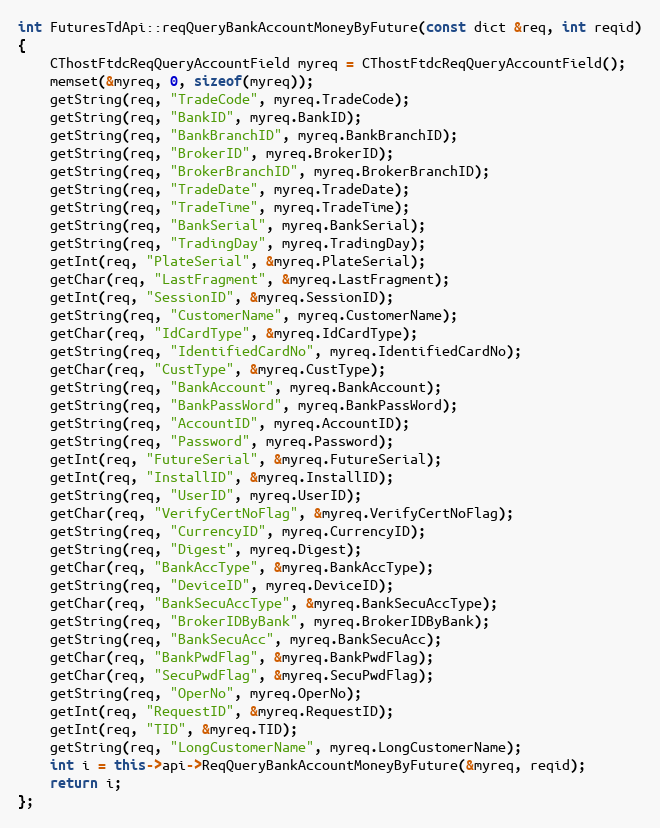
Language: C++
int FuturesTdApi::reqQueryBankAccountMoneyByFuture(const dict &req, int reqid)
{
	CThostFtdcReqQueryAccountField myreq = CThostFtdcReqQueryAccountField();
	memset(&myreq, 0, sizeof(myreq));
	getString(req, "TradeCode", myreq.TradeCode);
	getString(req, "BankID", myreq.BankID);
	getString(req, "BankBranchID", myreq.BankBranchID);
	getString(req, "BrokerID", myreq.BrokerID);
	getString(req, "BrokerBranchID", myreq.BrokerBranchID);
	getString(req, "TradeDate", myreq.TradeDate);
	getString(req, "TradeTime", myreq.TradeTime);
	getString(req, "BankSerial", myreq.BankSerial);
	getString(req, "TradingDay", myreq.TradingDay);
	getInt(req, "PlateSerial", &myreq.PlateSerial);
	getChar(req, "LastFragment", &myreq.LastFragment);
	getInt(req, "SessionID", &myreq.SessionID);
	getString(req, "CustomerName", myreq.CustomerName);
	getChar(req, "IdCardType", &myreq.IdCardType);
	getString(req, "IdentifiedCardNo", myreq.IdentifiedCardNo);
	getChar(req, "CustType", &myreq.CustType);
	getString(req, "BankAccount", myreq.BankAccount);
	getString(req, "BankPassWord", myreq.BankPassWord);
	getString(req, "AccountID", myreq.AccountID);
	getString(req, "Password", myreq.Password);
	getInt(req, "FutureSerial", &myreq.FutureSerial);
	getInt(req, "InstallID", &myreq.InstallID);
	getString(req, "UserID", myreq.UserID);
	getChar(req, "VerifyCertNoFlag", &myreq.VerifyCertNoFlag);
	getString(req, "CurrencyID", myreq.CurrencyID);
	getString(req, "Digest", myreq.Digest);
	getChar(req, "BankAccType", &myreq.BankAccType);
	getString(req, "DeviceID", myreq.DeviceID);
	getChar(req, "BankSecuAccType", &myreq.BankSecuAccType);
	getString(req, "BrokerIDByBank", myreq.BrokerIDByBank);
	getString(req, "BankSecuAcc", myreq.BankSecuAcc);
	getChar(req, "BankPwdFlag", &myreq.BankPwdFlag);
	getChar(req, "SecuPwdFlag", &myreq.SecuPwdFlag);
	getString(req, "OperNo", myreq.OperNo);
	getInt(req, "RequestID", &myreq.RequestID);
	getInt(req, "TID", &myreq.TID);
	getString(req, "LongCustomerName", myreq.LongCustomerName);
	int i = this->api->ReqQueryBankAccountMoneyByFuture(&myreq, reqid);
	return i;
};